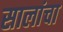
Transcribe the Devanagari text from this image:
सालांचा